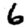
Digit: 6